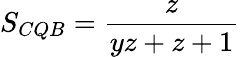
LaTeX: S_{CQB}={\frac{z}{yz+z+1}}